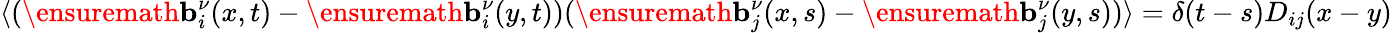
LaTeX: \langle(\ensuremath{\mathbf{b}}_{i}^{\nu}(x,t)-\ensuremath{\mathbf{b}}_{i}^{\nu}(y,t))(\ensuremath{\mathbf{b}}_{j}^{\nu}(x,s)-\ensuremath{\mathbf{b}}_{j}^{\nu}(y,s))\rangle=\delta(t-s)D_{ij}(x-y)